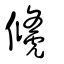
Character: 虪